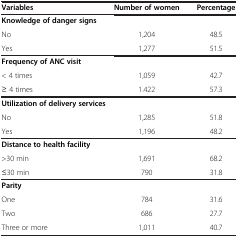
| Variables | Number of women | Percentage |
 | --- | --- | --- |
 | Knowledge of danger signs |  |  |
 | No | 1,204 | 48.5 |
 | Yes | 1,277 | 51.5 |
 | Frequency of ANC visit |  |  |
 | < 4 times | 1,059 | 42.7 |
 | ≥ 4 times | 1.422 | 57.3 |
 | <COLSPAN=3> Utilization of delivery services |
 | No | 1,285 | 51.8 |
 | Yes | 1,196 | 48.2 |
 | Distance to health facility |  |  |
 | >30 min | 1,691 | 68.2 |
 | ≤30 min | 790 | 31.8 |
 | Parity |  |  |
 | One | 784 | 31.6 |
 | Two | 686 | 27.7 |
 | Three or more | 1,011 | 40.7 |